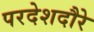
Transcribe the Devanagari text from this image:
परदेशदौरे